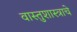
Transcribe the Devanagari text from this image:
वास्तुशास्त्राचे